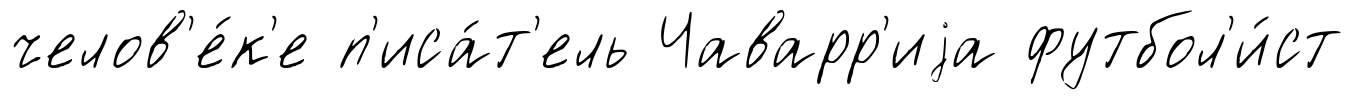
челов'е́к'е п'иса́т'ель Чаварр'иjа футбол'и́ст